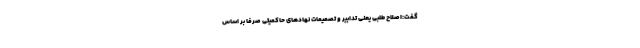
گفت:اصلاح طلبی یعنی تدابیر و تصمیمات نهادهای حاکمیتی صرفا بر اساس